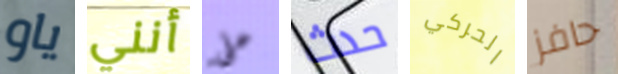
ياو أنني على حدث الحركي حافز